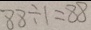
8 8 \div 1 = 8 8